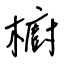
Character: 櫥